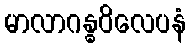
မာလာဂန္ဓဝိလေပနံ